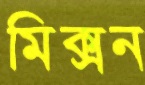
মিক্সন